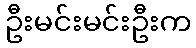
ဦးမင်းမင်းဦးက